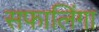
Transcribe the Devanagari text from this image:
सफालिंगा